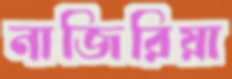
নাজিরিয়া